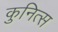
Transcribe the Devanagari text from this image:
कुनित्स